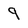
Character: 9